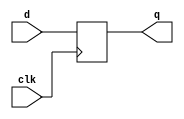
module flop(clk, d, q);

input clk;
input [7:0] d;
output reg [7:0] q;

always@(posedge clk)
 q <= d;

endmodule